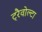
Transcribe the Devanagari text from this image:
ट्रैवोल्टा